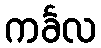
ကင်္ခလ